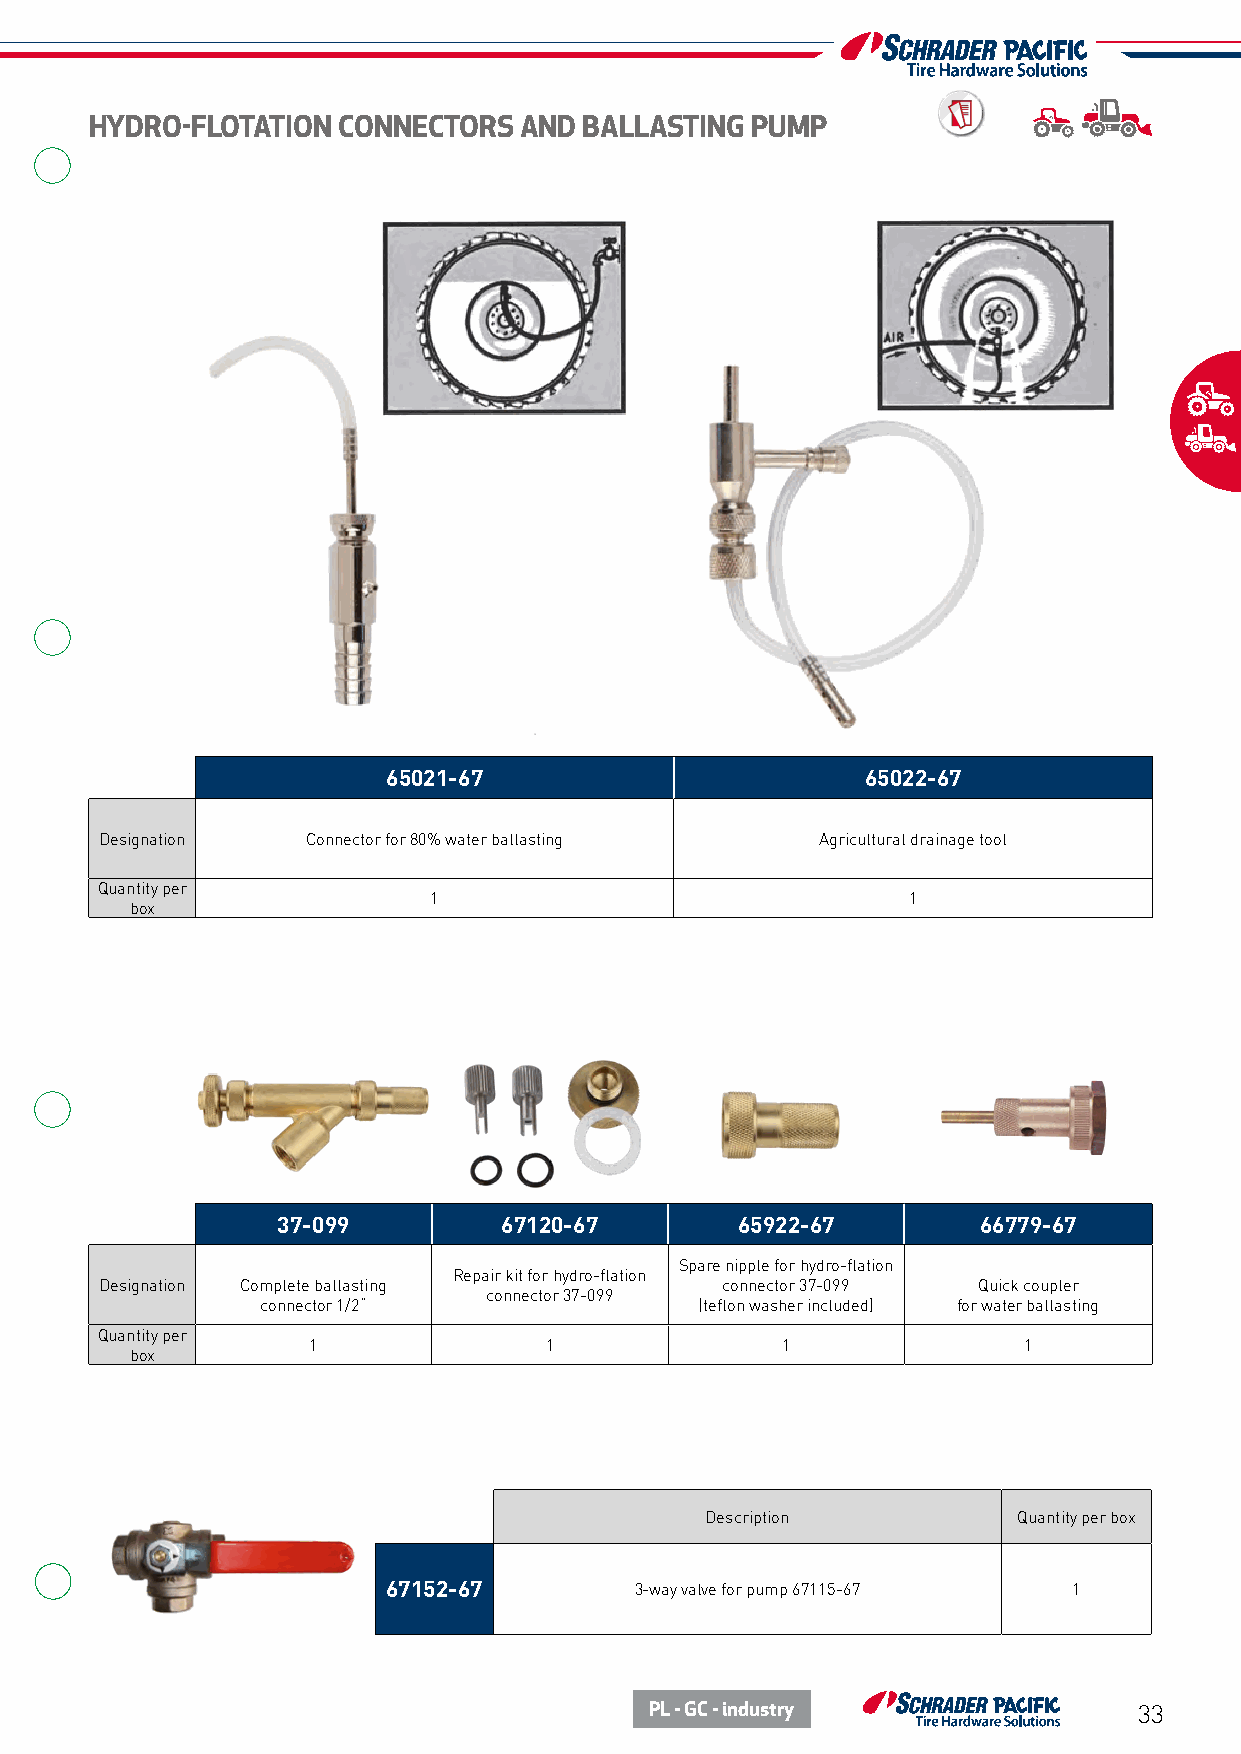
HYDRO-FLOTATION CONNECTORS  AND  BALLASTING PUMP
 65021-67                       65022-67
 Designation  Connector for 80% water ballasting Agricultural drainage tool
 Quantity per
 1                               1
 box
 37-099         67120-67        65922-67        66779-67
 Spare nipple for hydro-flation
 Repair kit for hydro-flation
 Designation Complete ballasting          connector 37-099 Quick coupler
 connector 37-099
 connector 1/2“               (teflon washer included) for water ballasting
 Quantity per
 1               1               1               1
 box
 Description         Quantity per box
 67152-67        3-way valve for pump 67115-67 1
 PL - GC - industry              33